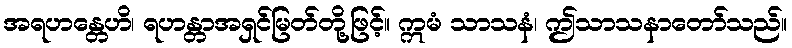
အရဟန္တေဟိ၊ ရဟန္တာအရှင်မြတ်တို့ဖြင့်။ ဣမံ သာသနံ၊ ဤသာသနာတော်သည်။